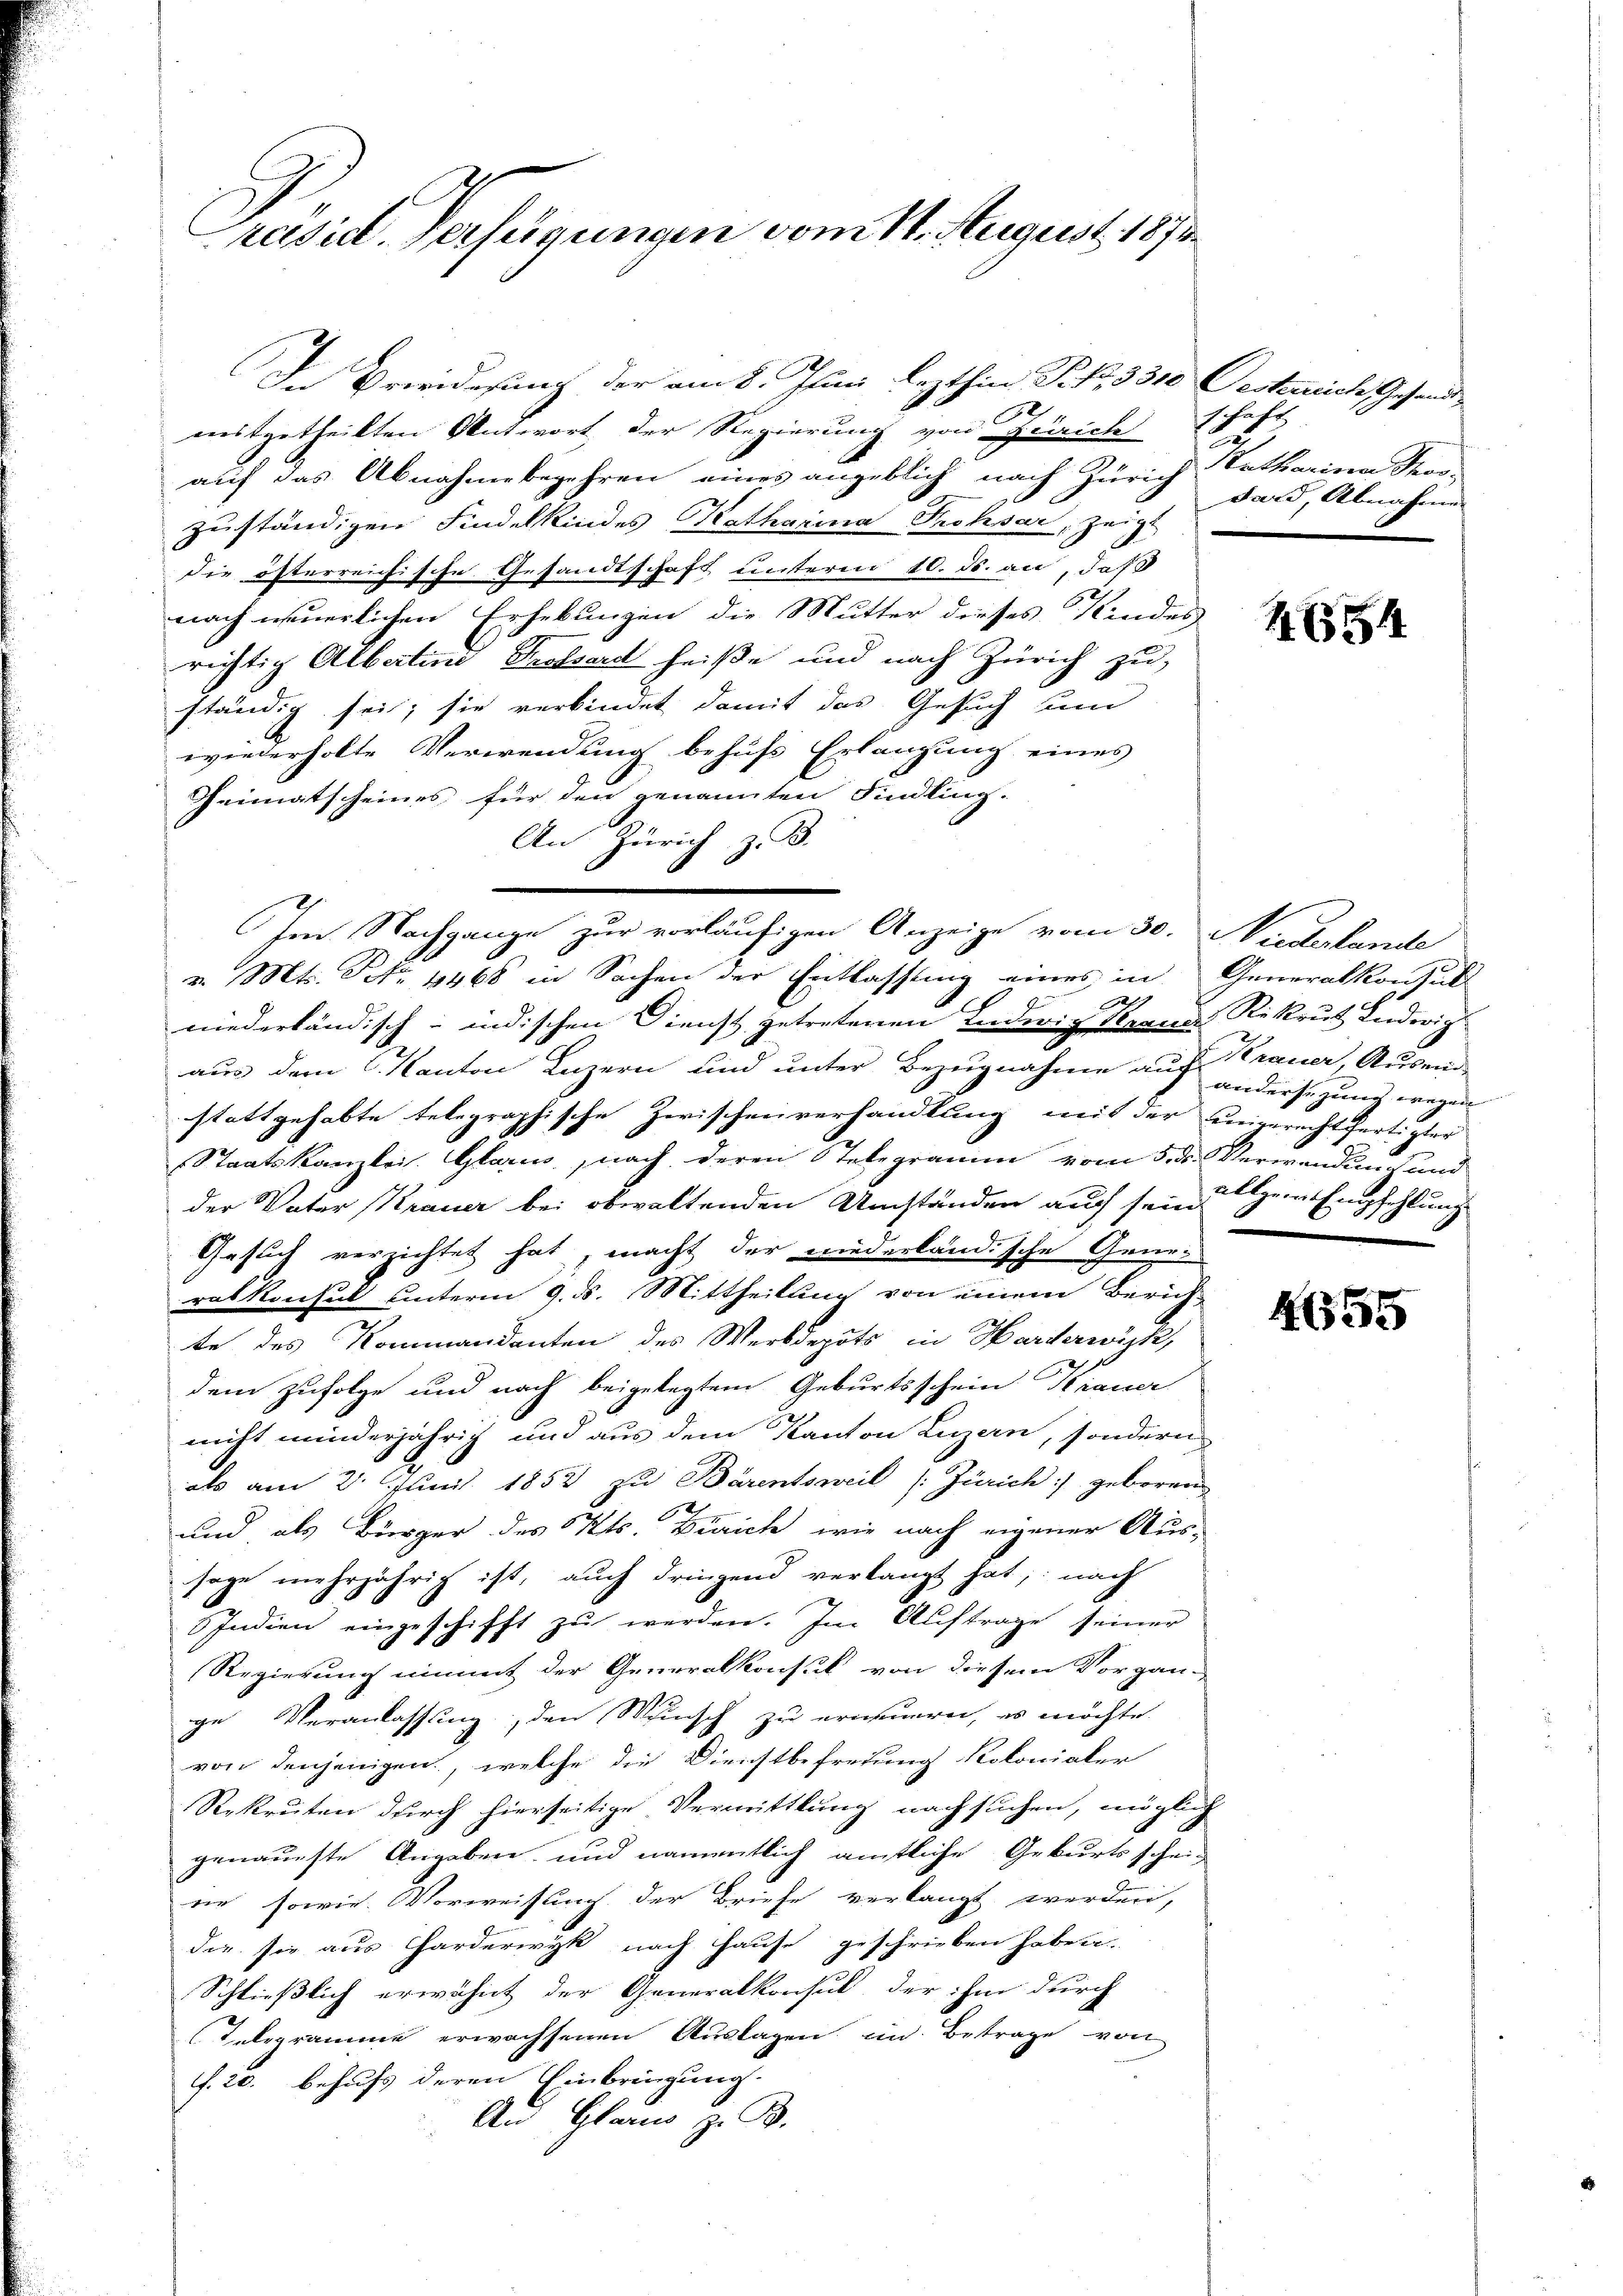
rasict. Verfügungen vom 11. August 1874

mitgetheilten Antwort der Regierung von Zürich schaft
auf das Abnahmebegehren eines angeblich nach Zürich Natharina Stor-
zuständigen Findelkindes Katharina Frohsar, zeigt
die österreichische Gesandtschaft unterm 10. ds. an, daß
nach neuerlichen Erhebungen die Mutter dieses Kindes
richtig Albertini Prossard heiße und nach Zürich zu
ständig sei; sie verbindet damit das Gesuch um
wiederholte Verwendung behufs Erlangung eines
Heimatscheines für den genannten Findling-
An Zürich z. B.
v. Mts. S. 11468 in Sachen der Entlassung eines in Generalkonsul
niederländisch-indischen Dienst getretenen Ludwig Veraner Rekrut Ludwig
aus dem Kanton Luzern und unter Bezugnahme auf Krauer, Ausein-
stattgehabte telegraphische Zwischenverhandlung mit der eingerechtfertigter
Staatskanzlei. Glarus, nach deren Stelegramm vom 5. ds. Verwendung und
der Vater (Krauer bei obwaltenden Umständen auch sein Herr Empfehlung
Gesuch verzichtet hat, macht der niederländische Generat Konsul unterm 9. ds. Mittheilung von einem Zürich
te des Kommandanten des Werbdepots in Harderwick,
dem zufolge und nach beigelegtem Geburtsschein Krauer
nicht minderjährig und aus dem Kanton Luzern, sondern
als am 2. Juni 1852 zu Bärentsweil (: Zürich) geboren
und als Bürger des Kts. Dirich, wie nach eigener Aus-
sage mehrjährig ist, auch dringend verlangt hat, nach
Indien eingeschifft zŭ werden. Im Aŭftrage seiner
Regierung nimmt der Generalkonsul von diesem Vorgan-
ge Veranlassung, den Wunsch zu erneuern, es möchte
von denjenigen, welche die Dienstbefreiung Kolonialer
Rekruten durch hierseitige Vermittlung nachsuchen, möglich
genaueste Angaben und namentlich amtliche Geburtsscheid
ne sowie Vorweisung der Briefe verlangt werden,
die sie aus Harderwyk nach Hause geschrieben haben.
Schließlich erwähnt der Generalkonsul, der ihm durch
Telegramme erwachsenen Auslagen im Betrage von
f. 20. behufs deren Einbringung.
An Glarus z. B.

In Beweidesung der am 8. Juni lezthin Frk. 3310 Oesterlich Gesand¬

Im Nachgange zur vorläufigen Anzeige vom 30. Wiederlande

dard, Abnahme

1654

andersezung wegen

4655